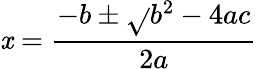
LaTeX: \mathit{x}=\frac{{-b\pm\sqrt{}{{b^{2}-4ac}}}}{{2a}}